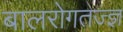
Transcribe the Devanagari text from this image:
बालरोगतज्‍ज्ञ